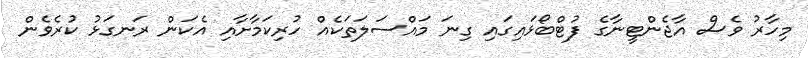
މިހާރު ވެސް އާޖެންޓީނާގެ ފުޓްބޯޅައިގައި ގިނަ މައްސަލަތަކެއް ހުރިކަމާށާއި އެކަން ރަނގަޅު ކުރެވެން